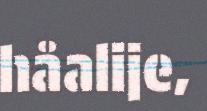
håalije,